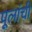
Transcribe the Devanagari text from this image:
पूलांची